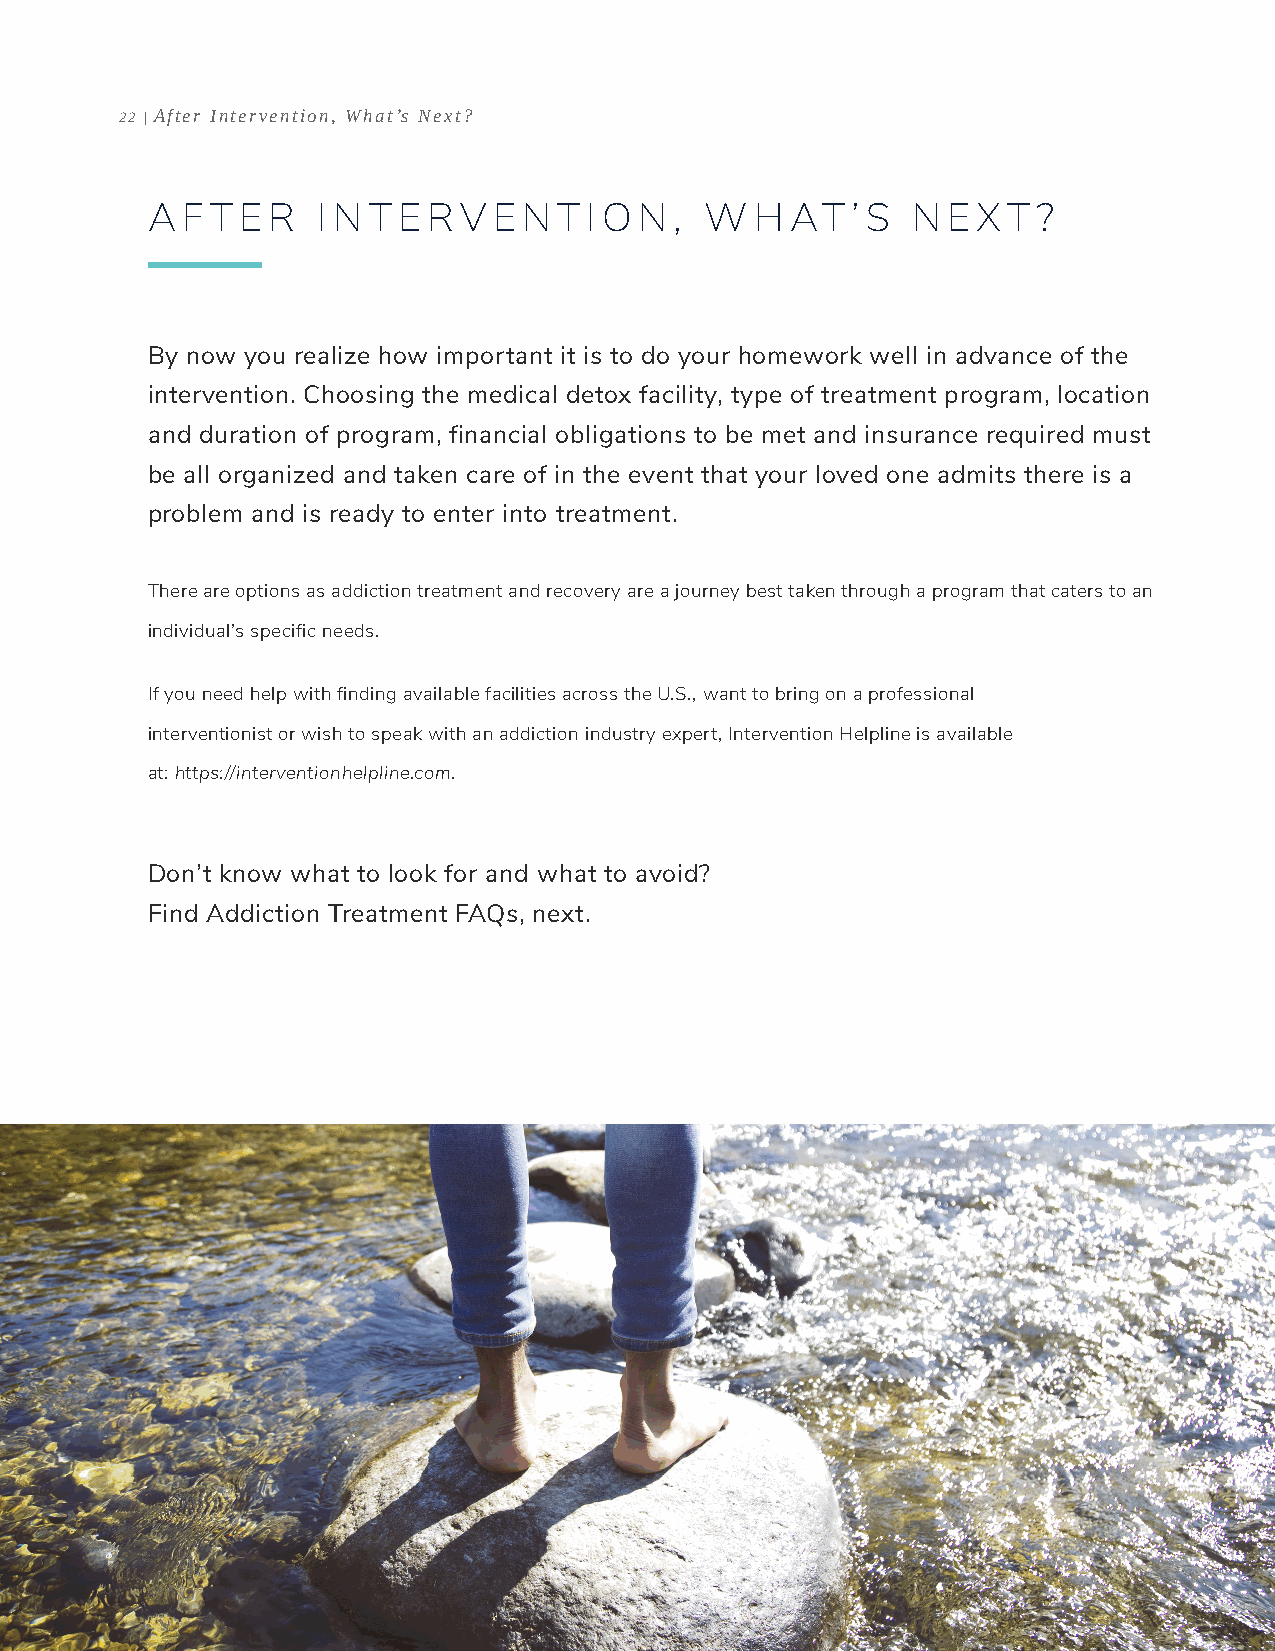
22 | After Intervention, What’s Next?
 A FT  E R  I N T E RV  E N T I O N , W  H AT  ’ S N  EX  T ?
 By now you realize how important it is to do your homework well in advance of the
 intervention. Choosing the medical detox facility, type of treatment program, location
 and duration of program, financial obligations to be met and insurance required must
 be all organized and taken care of in the event that your loved one admits there is a
 problem and is ready to enter into treatment.
 There are options as addiction treatment and recovery are a journey best taken through a program that caters to an
 individual’s specific needs.
 If you need help with finding available facilities across the U.S., want to bring on a professional
 interventionist or wish to speak with an addiction industry expert, Intervention Helpline is available
 at: https://interventionhelpline.com.
 Don’t know what to look for and what to avoid?
 Find Addiction Treatment FAQs, next.